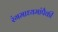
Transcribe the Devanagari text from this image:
रंगमाध्यमांपैकी